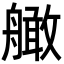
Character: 𦪧